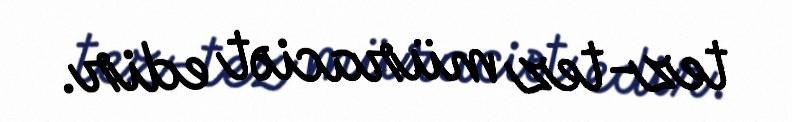
tez-tez müraciət edir.